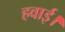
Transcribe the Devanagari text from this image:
हवाई।